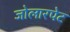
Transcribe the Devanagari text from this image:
जोलारपेट